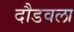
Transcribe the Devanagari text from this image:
दौडवला